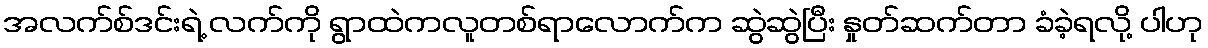
အလက်စ်ဒင်းရဲ့ လက်ကို ရွာထဲကလူတစ်ရာလောက်က ဆွဲဆွဲပြီး နှုတ်ဆက်တာ ခံခဲ့ရလို့ ပါဟု